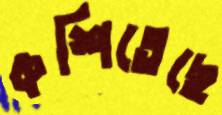
কশিতেছে